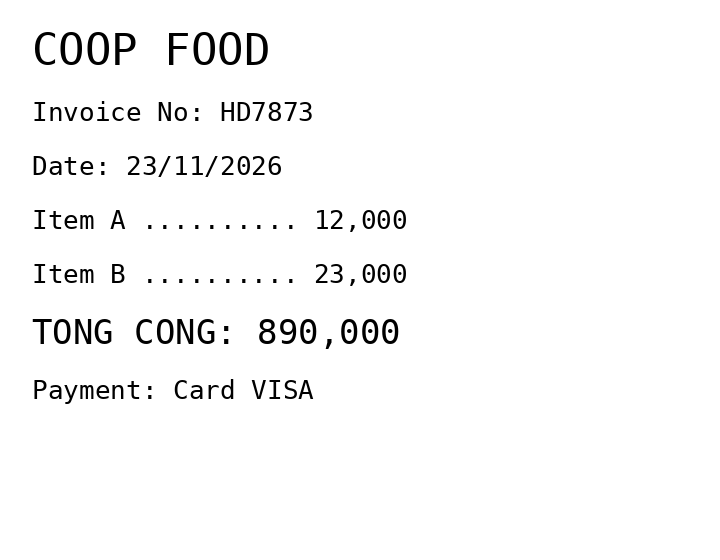
COOP FOOD
Invoice No: HD7873
Date: 23/11/2026
Item A .......... 12,000
Item B .......... 23,000
TONG CONG: 890,000
Payment: Card VISA
Merchant: coop food
Date: 2026-11-23
Total: 890000
Invoice No: HD7873
Payment method: CARD